画像に写った文字を読んでください
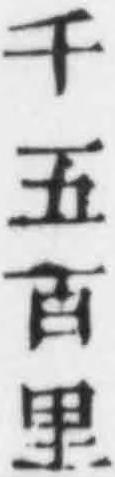
「千五百里」と書いてあります